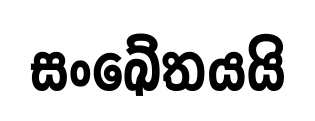
සංඛේතයයි